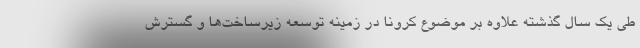
طی یک سال گذشته علاوه بر موضوع کرونا در زمینه توسعه زیرساخت‌ها و گسترش